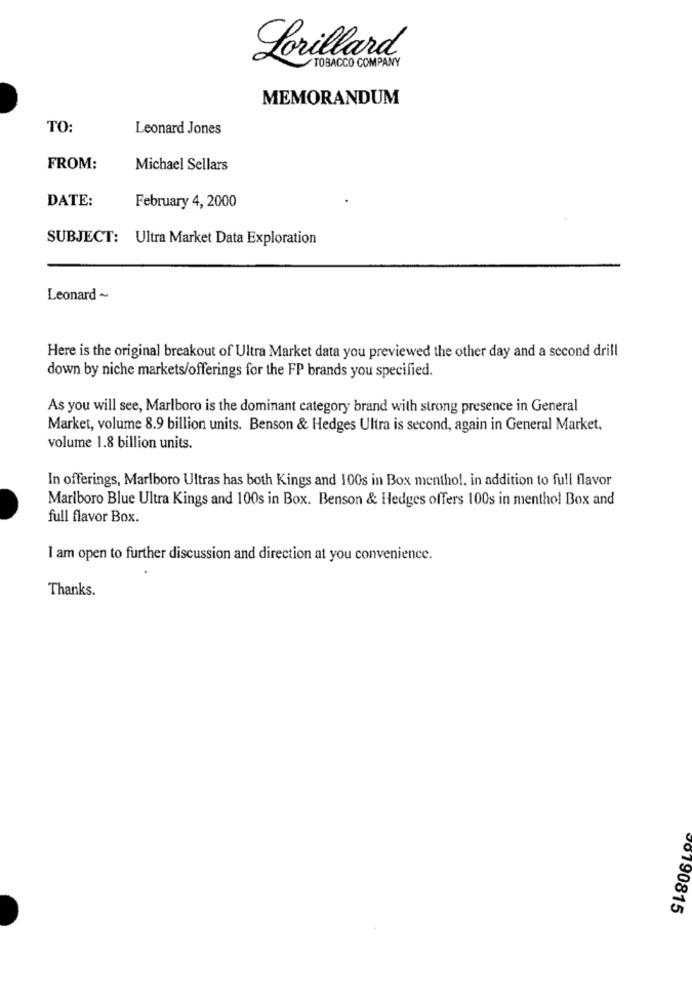
Lorillard
TOBACCO COMPANY
MEMORANDUM
TO:
Leonard Jones
FROM:
Michael Sellars
DATE:
February 4, 2000
SUBJECT: Ultra Market Data Exploration
Leonard ~
Here is the original breakout of Ultra Market data you previewed the other day and a second drill
down by niche markets/offerings for the FP brands you specified.
As you will see, Marlboro is the dominant category brand with strong presence in General
Market, volume 8.9 billion units. Benson & Hedges Ultra is second, again in General Market,
volume 1.8 billion units.
In offerings, Marlboro Ultras has both Kings and 100s in Box menthol, in addition to full flavor
Marlboro Blue Ultra Kings and 100s in Box. Benson & Hedges offers 100s in menthol Box and
full flavor Box.
I am open to further discussion and direction at you convenience.
Thanks.
V6190815